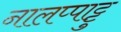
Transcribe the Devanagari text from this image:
नालप्पाट्टु